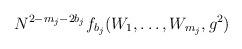
LaTeX: \begin{align*}N^{2-m_j-2b_j}f_{b_j}(W_1,\ldots,W_{m_j},g^2)\end{align*}